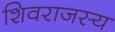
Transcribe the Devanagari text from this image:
शिवराजस्य